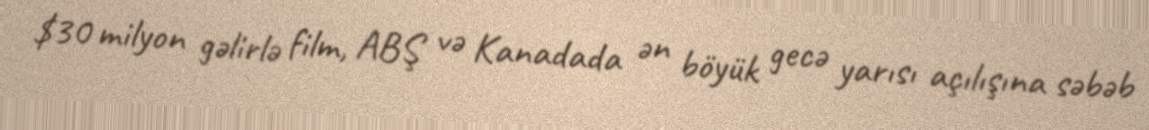
$30 milyon gəlirlə film, ABŞ və Kanadada ən böyük gecə yarısı açılışına səbəb